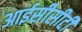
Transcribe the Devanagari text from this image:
आईसीसीटी